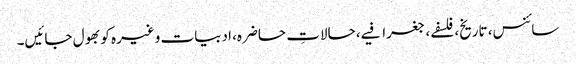
سائنس، تاریخ، فلسفے، جغرافیے، حالاتِ حاضرہ، ادبیات وغیرہ کو بھول جائیں۔